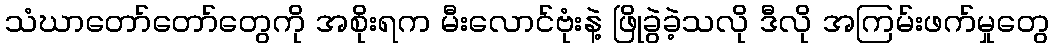
သံဃာတော်တော်တွေကို အစိုးရက မီးလောင်ဗုံးနဲ့ ဖြိုခွဲခဲ့သလို ဒီလို အကြမ်းဖက်မှုတွေ